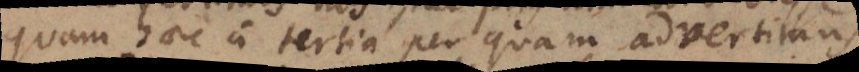
quam haec a tertia per quam advertimus